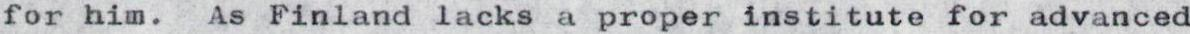
for him. As Finland lacks a proper institute for advanced